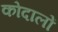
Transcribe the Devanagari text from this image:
कोदालों